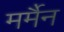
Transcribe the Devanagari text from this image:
मर्मैन